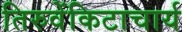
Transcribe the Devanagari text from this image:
तिरुवेंकिटाचार्य